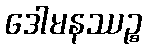
ဒေါမနဿဉ္စ